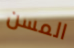
المسن